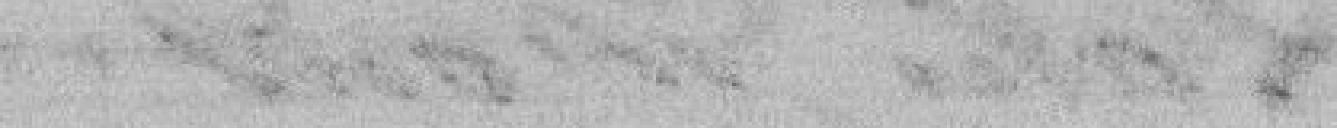
destination, mais il a paru utile au Conseil que tout